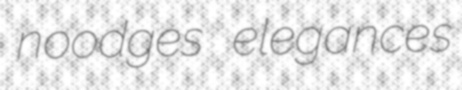
noodges elegances